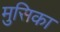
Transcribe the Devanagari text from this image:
मुसिका